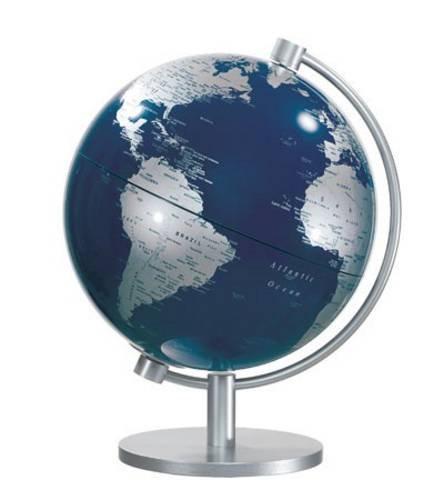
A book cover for The Monte Carlo; Travel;